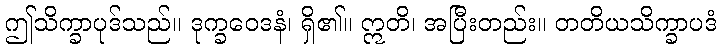
ဤသိက္ခာပုဒ်သည်။ ဒုက္ခဝေဒနံ၊ ရှိ၏။ ဣတိ၊ အပြီးတည်း။ တတိယသိက္ခာပဒံ